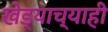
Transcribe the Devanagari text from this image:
खेड्याच्याही